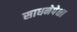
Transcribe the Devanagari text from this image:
साधनेपेक्षा